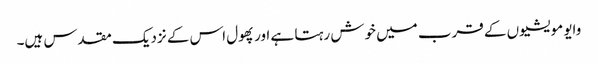
وایو مویشیوں کے قرب میں خوش رہتا ہے اور پھول اس کے نزدیک مقدس ہیں۔